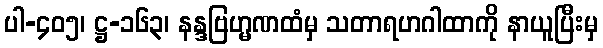
ပါ-၄၀၅၊ ဋ္ဌ-၁၆၃၊ နန္ဒဗြဟ္မဏထံမှ သတာရဟဂါထာကို နာယူပြီးမှ